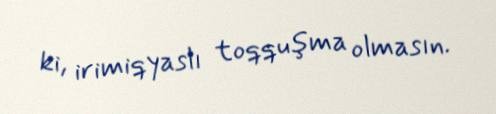
ki, irimiqyaslı toqquşma olmasın.